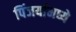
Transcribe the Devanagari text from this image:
पिंजर्यामध्ये